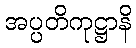
အပ္ပတိကုဋ္ဌာနိ